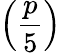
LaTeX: \left({\frac{p}{5}}\right)